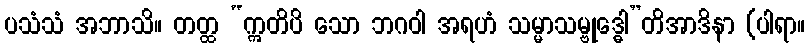
ပသံသံ အဘာသိ။ တတ္ထ “ဣတိပိ သော ဘဂဝါ အရဟံ သမ္မာသမ္ဗုဒ္ဓေါ”တိအာဒိနာ (ပါရာ။